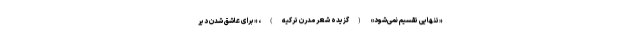
«تنهایی تقسیم نمی‌شود» (گزیده شعر مدرن ترکیه)، «برای عاشق شدن دیر